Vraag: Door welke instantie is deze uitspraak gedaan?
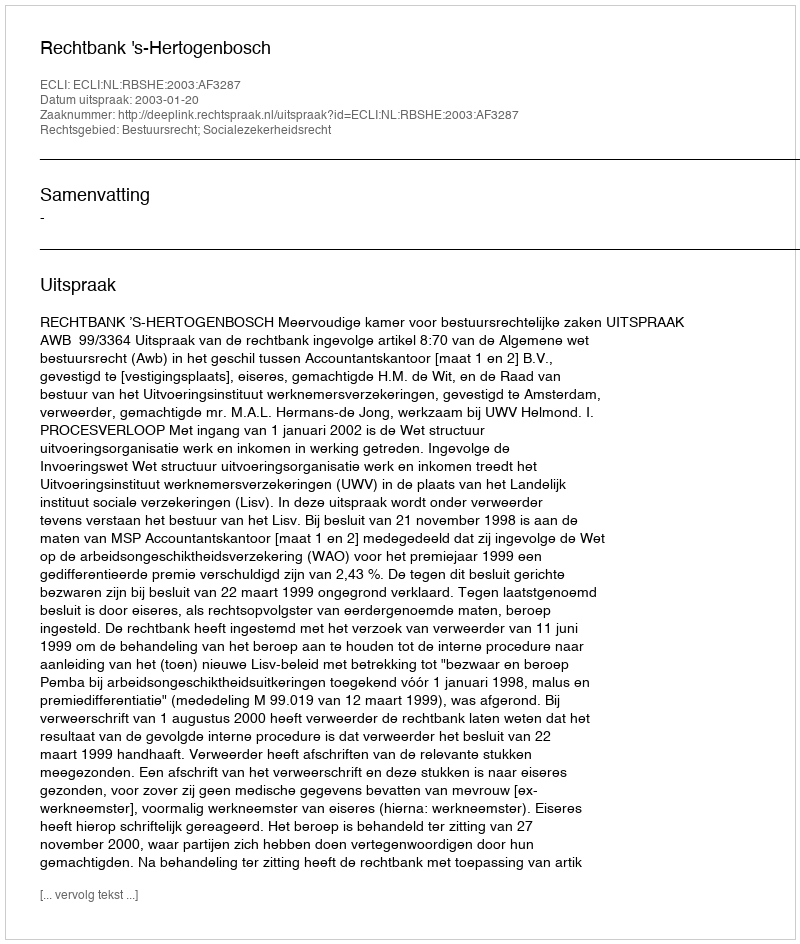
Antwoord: Rechtbank 's-Hertogenbosch